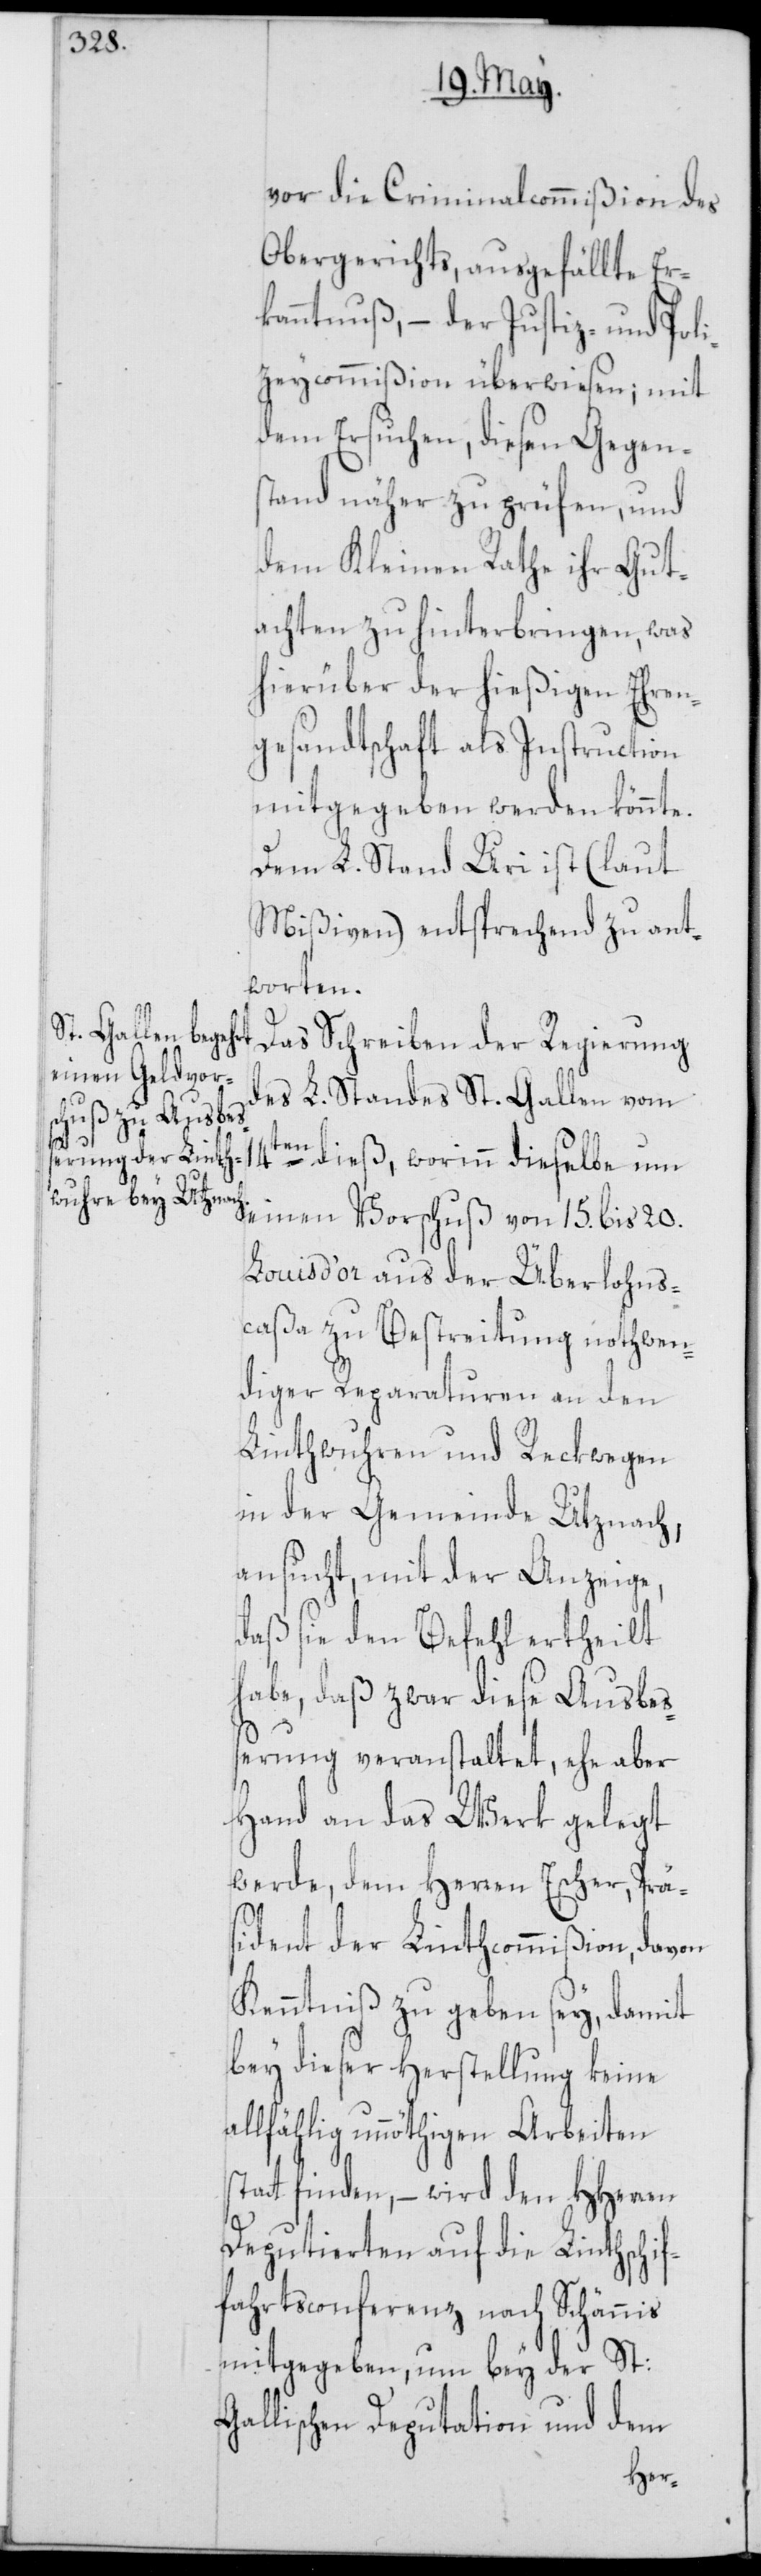
vor die Criminalcommißion des
Obergerichts, ausgefällte Er¬
kanntnuß, – der Justiz- und Poli¬
zeycommißion überwiesen; mit
dem Ersuchen, diesen Gegens¬
tand näher zu prüfen, und
dem Kleinen Rathe ihr Gut¬
achten zu hinterbringen, was
hierüber der hießigen Ehren¬
gesandtschaft als Instruction
mitgegeben werden könnte.
Dem L. Stand Uri ist (laut
Mißiven) entsprechend zu ant¬
worten.
Das Schreiben der Regierung
des L. Standes St. Gallen vom
st¬
einen Vorschuß von 15. bis 20.
Louis d’or aus der Überlohns¬
caßa zu Bestreitung nothwen¬
diger Reparaturen an den
Linthwuhren und Reckwegen
in der Gemeinde Utznach,
ansucht, mit der Anzeige,
daß sie den Befehl ertheilt
habe, daß zwar diese Ausbeß¬
erung veranstaltet, ehe aber
Hand an das Werk gelegt
werde, dem Herren Escher, Prä¬
sident der Linthcommißion, davon
Kenntniß zu geben sey, damit
bey dieser Herstellung keine
allfählig unnöthigen Arbeiten
att finden, – wird den HHerren
Deputierten auf die Linthschif¬
fahrtsconferenz nach Schännis
mitgegeben, um bey der St:
Gallischen Deputation und dem